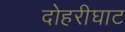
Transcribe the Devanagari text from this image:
दोहरीघाट